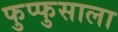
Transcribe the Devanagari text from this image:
फुप्फुसाला